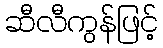
ဆီလီကွန်ဖြင့်